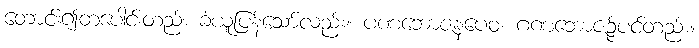
တောင်း၍တပေါင်းတည်း ခံယူပြန်သော်လည်း။ ပဏဘောဇနပေဝ၊ ဂဏဘောဇဉ်ပင်တည်း။